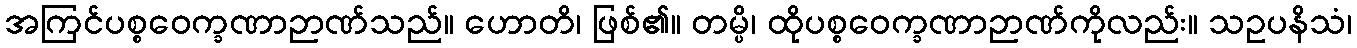
အကြင်ပစ္စဝေက္ခဏာဉာဏ်သည်။ ဟောတိ၊ ဖြစ်၏။ တမ္ပိ၊ ထိုပစ္စဝေက္ခဏာဉာဏ်ကိုလည်း။ သဥပနိသံ၊